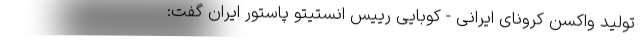
تولید واکسن کرونای ایرانی - کوبایی رییس انستیتو پاستور ایران گفت: